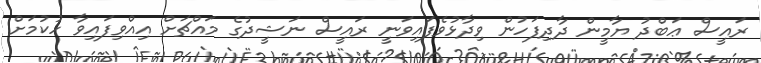
ރައީސް ޢަބްދު ޔާމީން ދާދިފަހުން ވިދާޅުވެފައިވަނީ ރައީސް ނަޝީދުގެ މައްޗަށް އިއްވިފައިވާ ހުކުމަށް